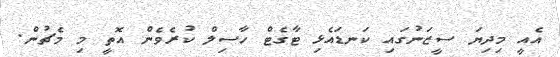
އެއީ މިދިޔަ ސީޒަނުގައި ކަނޑައެޅި ޓާގެޓް ހާސިލް ކުރެވެން އޮތީ މި މެޗުން.